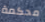
محكمة